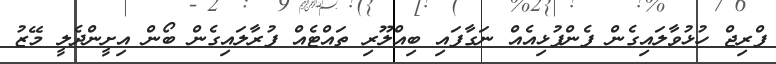
ފްރިޖް ހުޅުވާލައިގެން ފެންފުޅިއެއް ނަގާފައި ބިއްލޫރި ތައްޓެއް ފުރާލައިގެން ބޯން އިށީންދެލީ މޭޒު